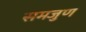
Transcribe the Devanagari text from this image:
समजुण